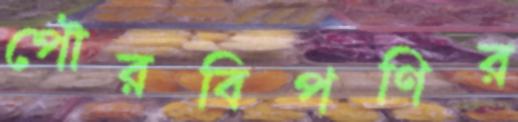
পৌরবিপণির